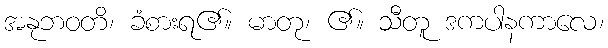
အနုဘဝတိ၊ ခံစားရ၏။ မာတု၊ ၏။ သီတူ ဒကပါနကာလေ၊